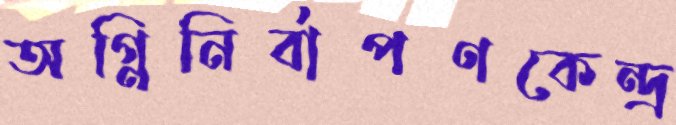
অগ্নিনির্বাপণকেন্দ্র